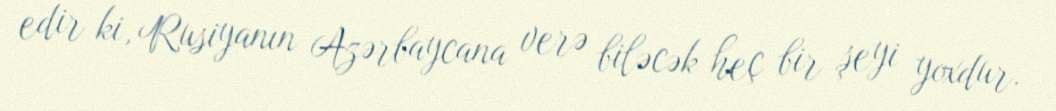
edir ki, Rusiyanın Azərbaycana verə biləcək heç bir şeyi yoxdur.